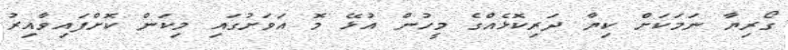
ގޯރިޔާ ނަމަކަށް ކިޔާ ދަރިކޮޅެއްގެ މީހުން އުޅޭ މޮ އަވަށުގައި މިކަން ކޮށްފައިވާއިރު